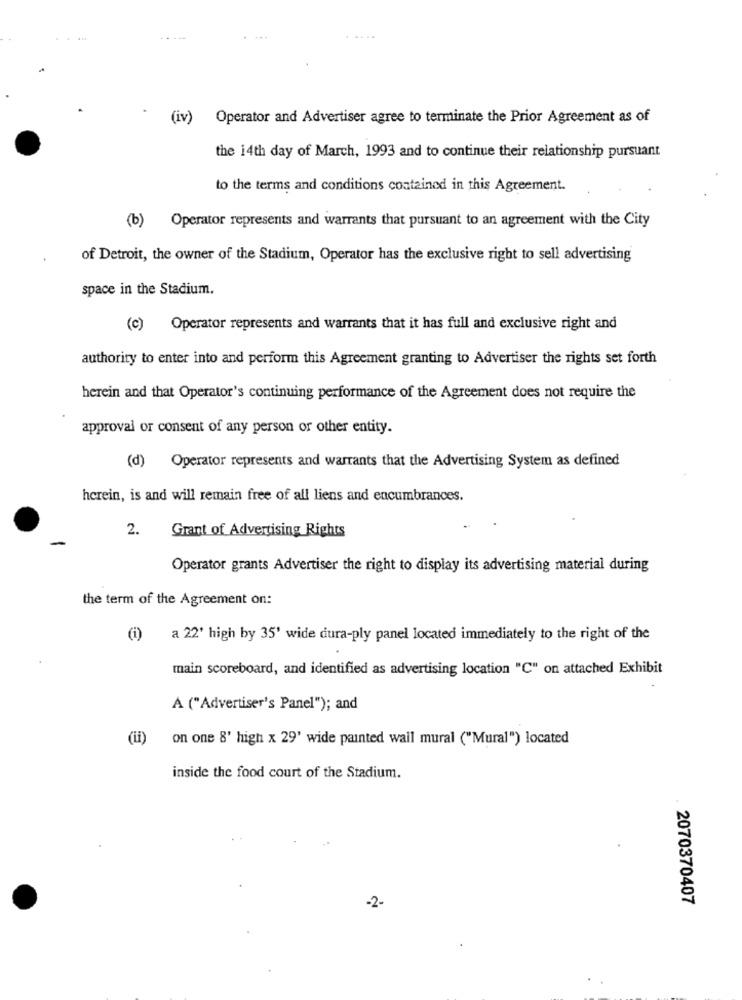
(iv)
Operator and Advertiser agree to terminate the Prior Agreement as of
the 14th day of March, 1993 and to continue their relationship pursuant
to the terms and conditions contained in this Agreement.
(b) Operator represents and warrants that pursuant to an agreement with the City
of Detroit, the owner of the Stadium, Operator has the exclusive right to sell advertising
space in the Stadium.
(c) Operator represents and warrants that it has full and exclusive right and
authority to enter into and perform this Agreement granting to Advertiser the rights set forth
herein and that Operator's continuing performance of the Agreement does not require the
approval or consent of any person or other entity.
(d) Operator represents and warrants that the Advertising System as defined
herein, is and will remain free of all liens and encumbrances.
2.
Grant of Advertising Rights
Operator grants Advertiser the right to display its advertising material during
the term of the Agreement on:
(i)
a 22' high by 35' wide dura-ply panel located immediately to the right of the
main scoreboard, and identified as advertising location "C" on attached Exhibit
A ("Advertiser's Panel"); and
(ii) on one 8' high x 29' wide painted wall mural ("Mural") located
inside the food court of the Stadium.
-2-
2070370407